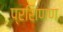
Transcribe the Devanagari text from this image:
प्रशिणण